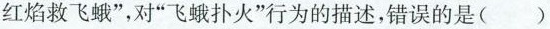
红焰救飞蛾”，对“飞蛾扑火”行为的描述，错误的是( )